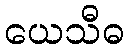
ယေသီဓ